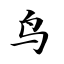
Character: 鸟